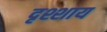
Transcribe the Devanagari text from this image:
दृश्शाय